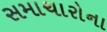
સમાચારોના